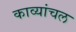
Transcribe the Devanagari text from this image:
काव्यांचल